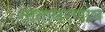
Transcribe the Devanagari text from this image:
तातावरणीय